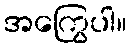
အကြွေပါ။